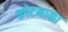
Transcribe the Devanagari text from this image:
कोटनाका